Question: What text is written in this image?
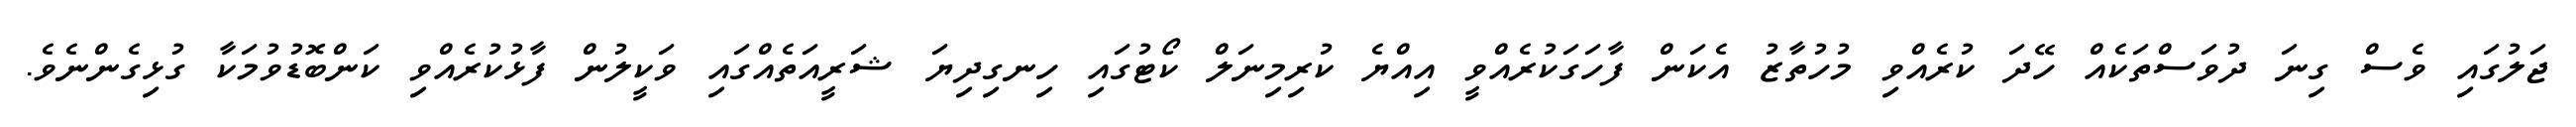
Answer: ޖަލުގައި ވެސް ގިނަ ދުވަސްތަކެއް ހޭދަ ކުރެއްވި މުހުތާޒު އެކަން ފާހަގަކުރެއްވީ އިއްޔެ ކުރިމިނަލް ކޯޓުގައި ހިނގިދިޔަ ޝަރީއަތެއްގައި ވަކީލުން ފާޅުކުރެއްވި ކަންބޮޑުވުމަކާ ގުޅިގެންނެވެ.